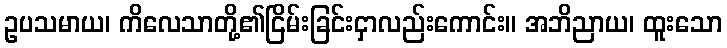
ဥပသမာယ၊ ကိလေသာတို့၏ငြိမ်းခြင်းငှာလည်းကောင်း။ အဘိညာယ၊ ထူးသော